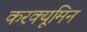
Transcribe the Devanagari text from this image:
करक्यूमिन